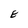
Character: E